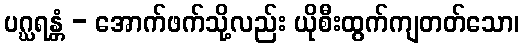
ပဂ္ဃရန္တံ - အောက်ဖက်သို့လည်း ယိုစီးထွက်ကျတတ်သော၊